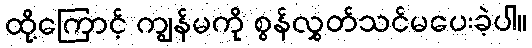
ထို့ကြောင့် ကျွန်မကို စွန်လွှတ်သင်မပေးခဲ့ပါ။